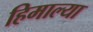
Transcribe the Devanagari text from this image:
हिमाल्या